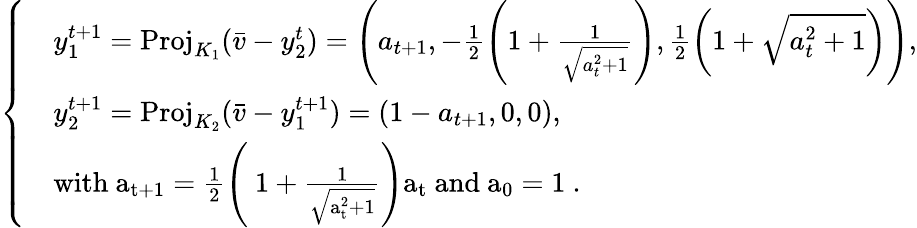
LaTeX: \begin{array}{r}{\left\{ \begin{array}{ll}&{y_{1}^{t+1}=\mathrm{Proj}_{K_{1}}(\bar{v}-y_{2}^{t})=\left(a_{t+1},-\frac{1}{2}\left(1+\frac{1}{\sqrt{a_{t}^{2}+1}}\right),\frac{1}{2}\left(1+\sqrt{a_{t}^{2}+1}\right)\right),}\\ &{y_{2}^{t+1}=\mathrm{Proj}_{K_{2}}(\bar{v}-y_{1}^{t+1})=(1-a_{t+1},0,0),}\\ &{\mathrm{with~a_{t+1}=\frac{1}{2}\left(~1+\frac{1}{\sqrt{a_t^2+1}}\right)a_t~and~a_0=1~}.}\end{array}\right.}\end{array}